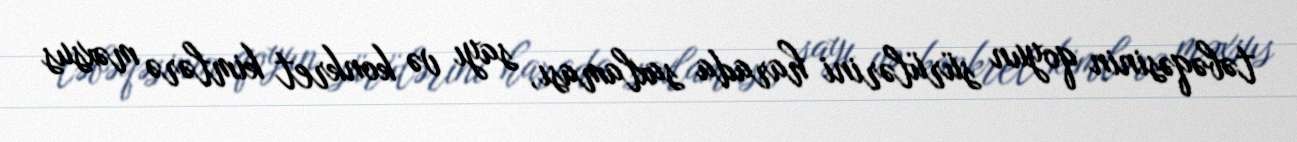
təbəqəsinin qoyun sürülərini harada saxlaması, sayı və konkret kimlərə məxsus